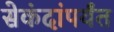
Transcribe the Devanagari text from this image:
सेकंदांपर्यंत